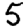
Digit: 5